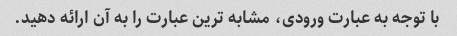
با توجه به عبارت ورودی، مشابه ترین عبارت را به آن ارائه دهید.